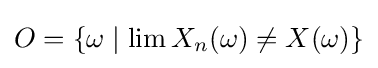
O=\{\omega \mid \lim X_{n}(\omega )\neq X(\omega )\}